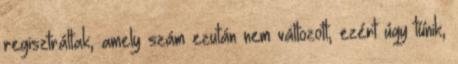
regisztráltak, amely szám ezután nem változott, ezért úgy tűnik,